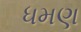
ધમણ